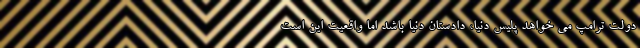
دولت ترامپ می خواهد پلیس دنیا، دادستان دنیا باشد اما واقعیت این است